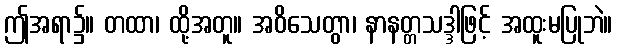
ဤအရာ၌။ တထာ၊ ထို့အတူ။ အဝိသေတွာ၊ နာနတ္တသဒ္ဒါဖြင့် အထူးမပြုဘဲ။